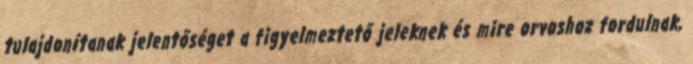
tulajdonítanak jelentőséget a figyelmeztető jeleknek és mire orvoshoz fordulnak,